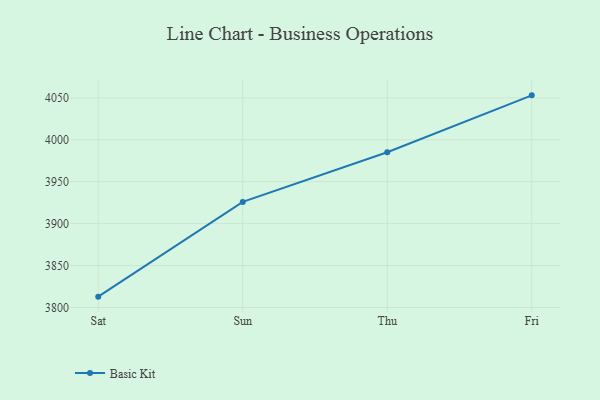
{"axis": {"x": "Day", "y": "Market Share (%)"}, "legend": ["Basic Kit"], "data": [{"x": "Sat", "y": 3812.9, "type": "Basic Kit"}, {"x": "Sun", "y": 3925.9, "type": "Basic Kit"}, {"x": "Thu", "y": 3985.2, "type": "Basic Kit"}, {"x": "Fri", "y": 4053.0, "type": "Basic Kit"}]}